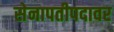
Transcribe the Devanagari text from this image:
सेनापतीपदावर